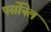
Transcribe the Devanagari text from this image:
पर्सोनेल